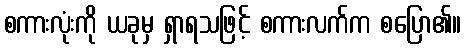
စကားလုံးကို ယခုမှ ရှာရသဖြင့် စကားလက်က စပြော၏။